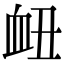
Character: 衄